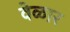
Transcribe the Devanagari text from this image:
वेळार